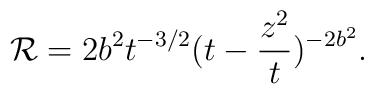
{\cal R} = 2 b^2 t^{-3/2} (t-\frac{z^2}{t})^{-2 b^2}.